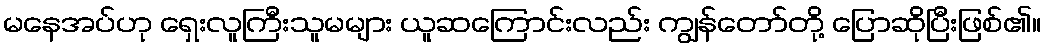
မနေအပ်ဟု ရှေးလူကြီးသူမများ ယူဆကြောင်းလည်း ကျွန်တော်တို့ ပြောဆိုပြီးဖြစ်၏။